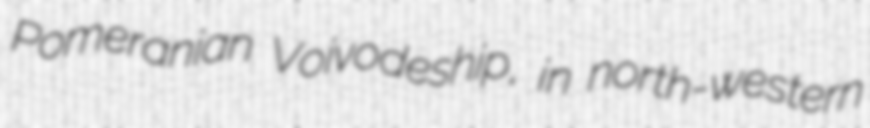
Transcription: Pomeranian Voivodeship, in north-western